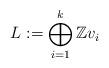
LaTeX: \begin{align*}L:=\bigoplus_{i=1}^{k}\mathbb{Z}v_{i} \end{align*}